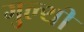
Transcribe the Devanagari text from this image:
गुल्थी